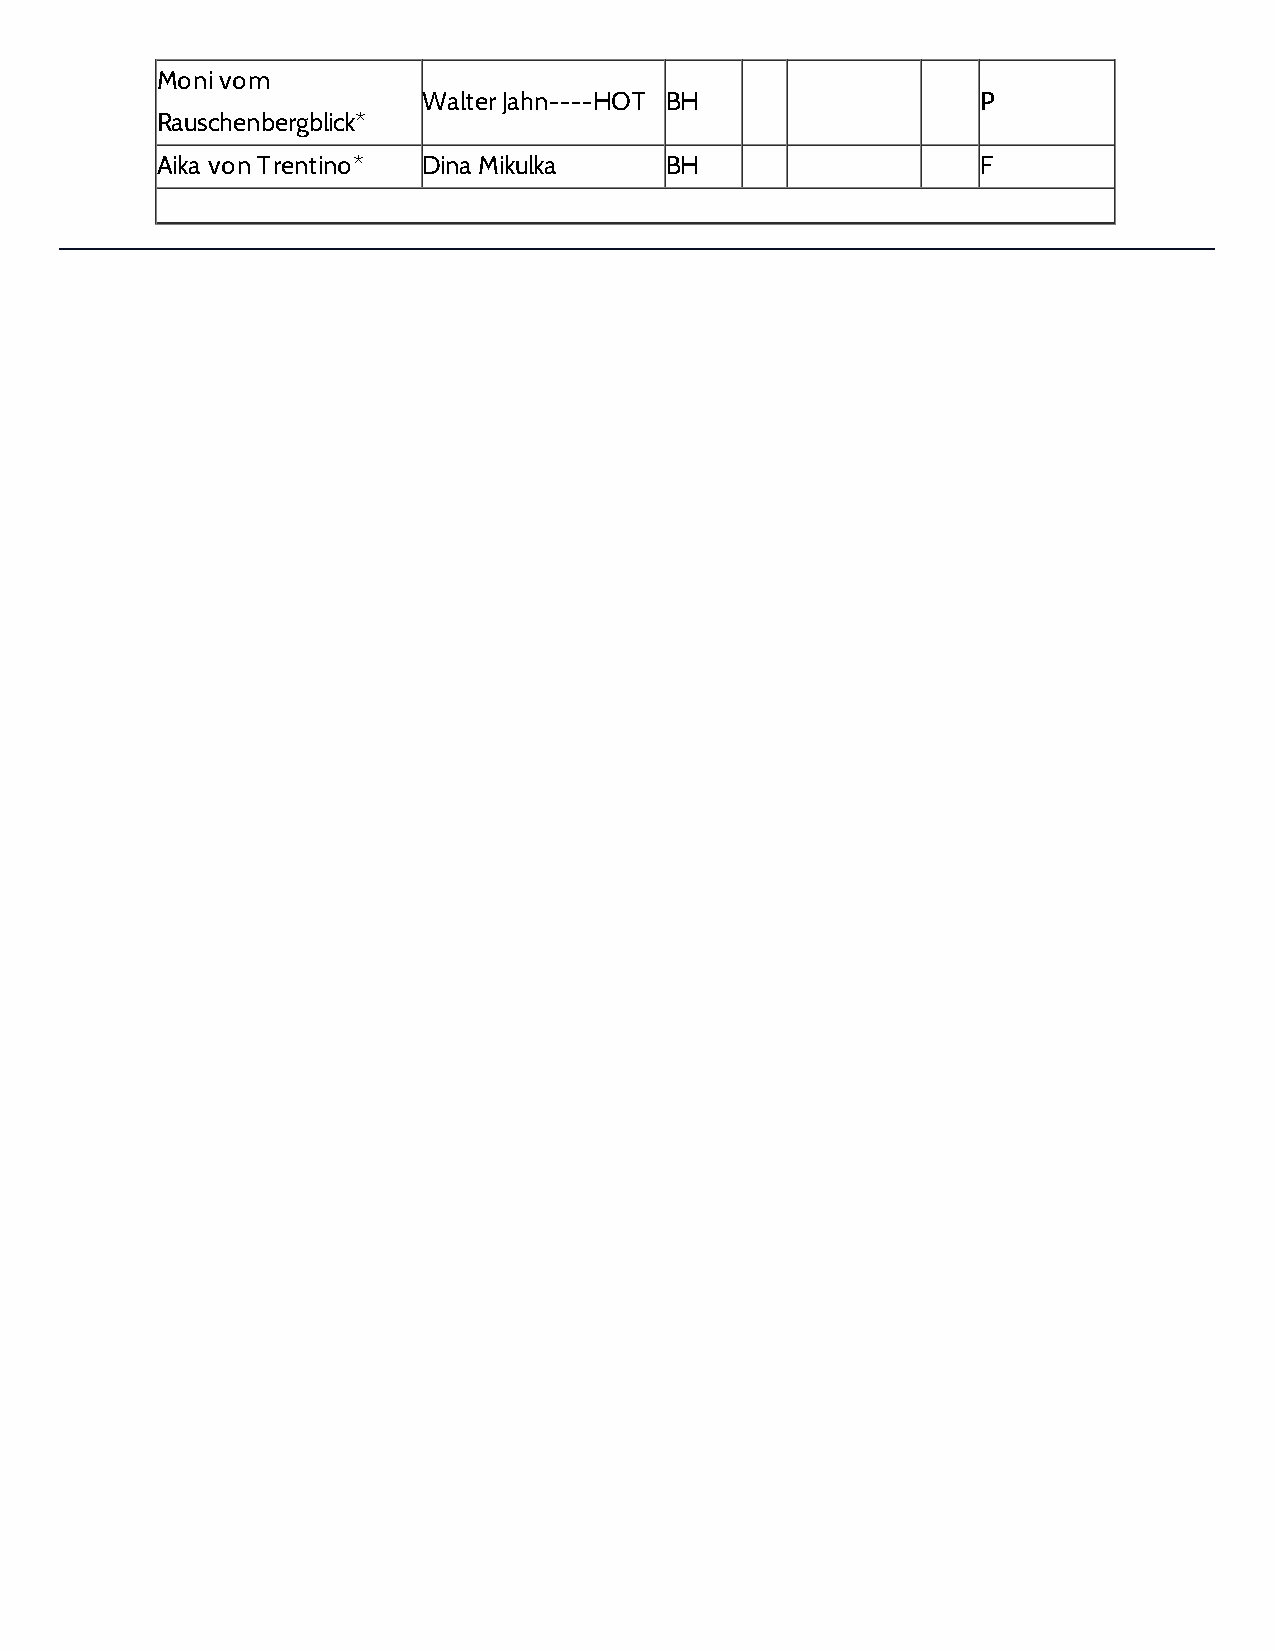
Moni vom
 Walter Jahn----HOT BH                P
 Rauschenbergblick*
 Aika von Trentino* Dina Mikulka   BH                   F